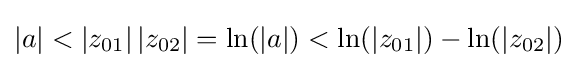
\left|a\right|<\left|z_{01}\right|\left|z_{02}\right|=\ln(\left|a\right|)<\ln(\left|z_{01}\right|)-\ln(\left|z_{02}\right|)